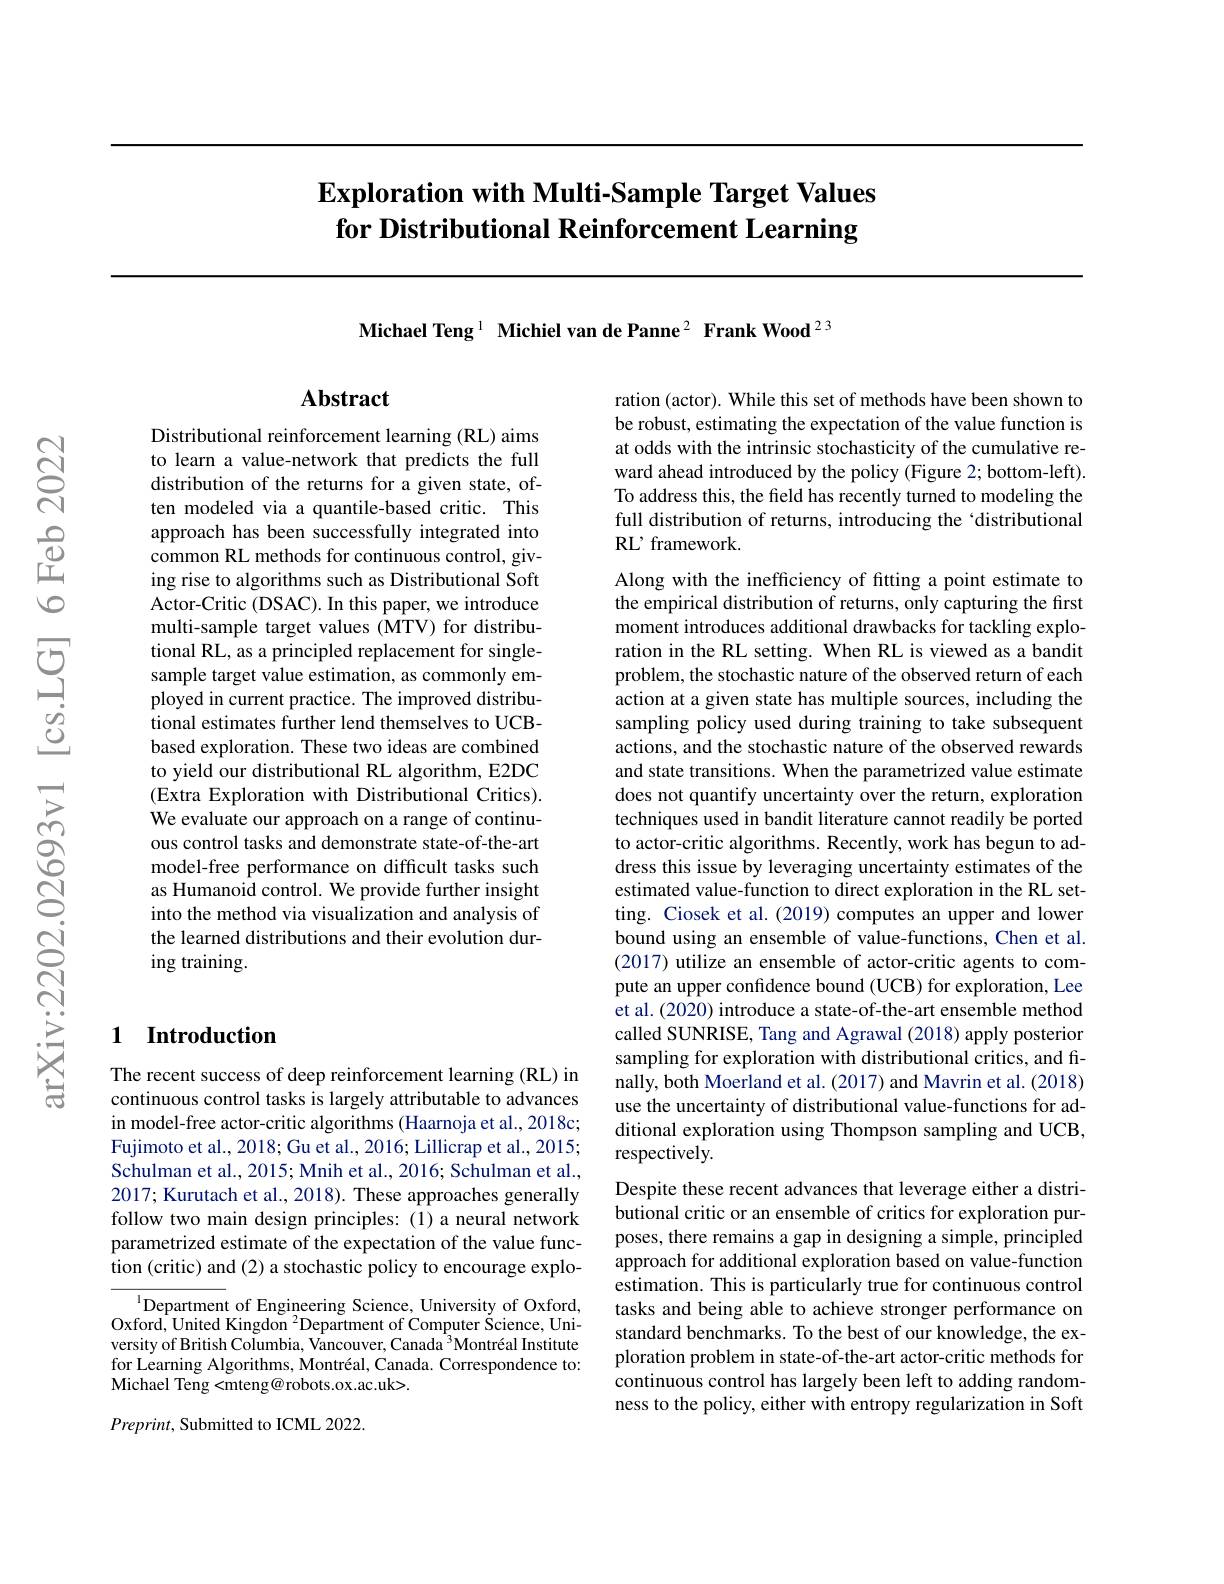
# $\textbf{Exploration with Multi- Sample Target Values}$ for Distributional Reinforcement Learning

Michael Teng$^{1}$ Michiel van de Panne$^{2}$ Frank Wood$^{23}$

## Abstract

Distributional reinforcement learning (RL) aims to learn a value-network that predicts the full distribution of the returns for a given state, often modeled via a quantile-based critic. This approach has been successfully integrated into common RL methods for continuous control, giving rise to algorithms such as Distributional Soft Actor-Critic (DSAC). In this paper, we introduce multi-sample target values (MTV) for distributional RL, as a principled replacement for singlesample target value estimation, as commonly employed in current practice. The improved distributional estimates further lend themselves to UCBbased exploration. These two ideas are combined to yield our distributional RL algorithm, E2DC (Extra Exploration with Distributional Critics). We evaluate our approach on a range of continuous control tasks and demonstrate state-of-the-art model-free performance on difficult tasks such as Humanoid control. We provide further insight into the method via visualization and analysis of the learned distributions and their evolution during training.

### 1 Introduction

The recent success of deep reinforcement learning (RL) in continuous control tasks is largely attributable to advances in model-free actor-critic algorithms (Haarnoja et al., 2018c; Fujimoto et al., 2018; Gu et al., 2016; Lillicrap et al., 2015; Schulman et al., 2015; Mnih et al., 2016; Schulman et al., 2017; Kurutach et al., 2018). These approaches generally follow two main design principles: (1) a neural network parametrized estimate of the expectation of the value function (critic) and (2) a stochastic policy to encourage explo-

$^{1}$Department of Engineering Science, University of Oxford, Oxford, United Kingdon $^2$Department of Computer Science, University of British Columbia, Vancouver, Canada$^3\text{Montr\' {e}alInstitute}$ for Learning Algorithms, Montréal, Canada. Correspondence to: Michael Teng< mteng@ robots. ox. ac. uk> .

$Preprint$, Submitted to ICML 2022.

ration (actor). While this set of methods have been shown to be robust, estimating the expectation of the value function is at odds with the intrinsic stochasticity of the cumulative reward ahead introduced by the policy (Figure 2; bottom-left). To address this, the field has recently turned to modeling the full distribution of returns, introducing the‘distributional RL' framework.

Along with the inefficiency of fitting a point estimate to the empirical distribution of returns, only capturing the first moment introduces additional drawbacks for tackling exploration in the RL setting. When RL is viewed as a bandit problem, the stochastic nature of the observed return of each action at a given state has multiple sources, including the sampling policy used during training to take subsequent actions, and the stochastic nature of the observed rewards and state transitions. When the parametrized value estimate does not quantify uncertainty over the return, exploration techniques used in bandit literature cannot readily be ported to actor-critic algorithms. Recently, work has begun to address this issue by leveraging uncertainty estimates of the estimated value-function to direct exploration in the RL setting. Ciosek et al. (2019) computes an upper and lower bound using an ensemble of value-functions, Chen et al. (2017) utilize an ensemble of actor-critic agents to compute an upper confidence bound (UCB) for exploration, Lee et al. (2020) introduce a state-of-the-art ensemble method called SUNRISE, Tang and Agrawal (2018) apply posterior sampling for exploration with distributional critics, and finally, both Moerland et al. (2017) and Mavrin et al. (2018) use the uncertainty of distributional value-functions for additional exploration using Thompson sampling and UCB, respectively.
Despite these recent advances that leverage either a distri-

butional critic or an ensemble of critics for exploration purposes, there remains a gap in designing a simple, principled approach for additional exploration based on value-function estimation. This is particularly true for continuous control tasks and being able to achieve stronger performance on standard benchmarks. To the best of our knowledge, the exploration problem in state-of-the-art actor-critic methods for continuous control has largely been left to adding randomness to the policy, either with entropy regularization in Soft